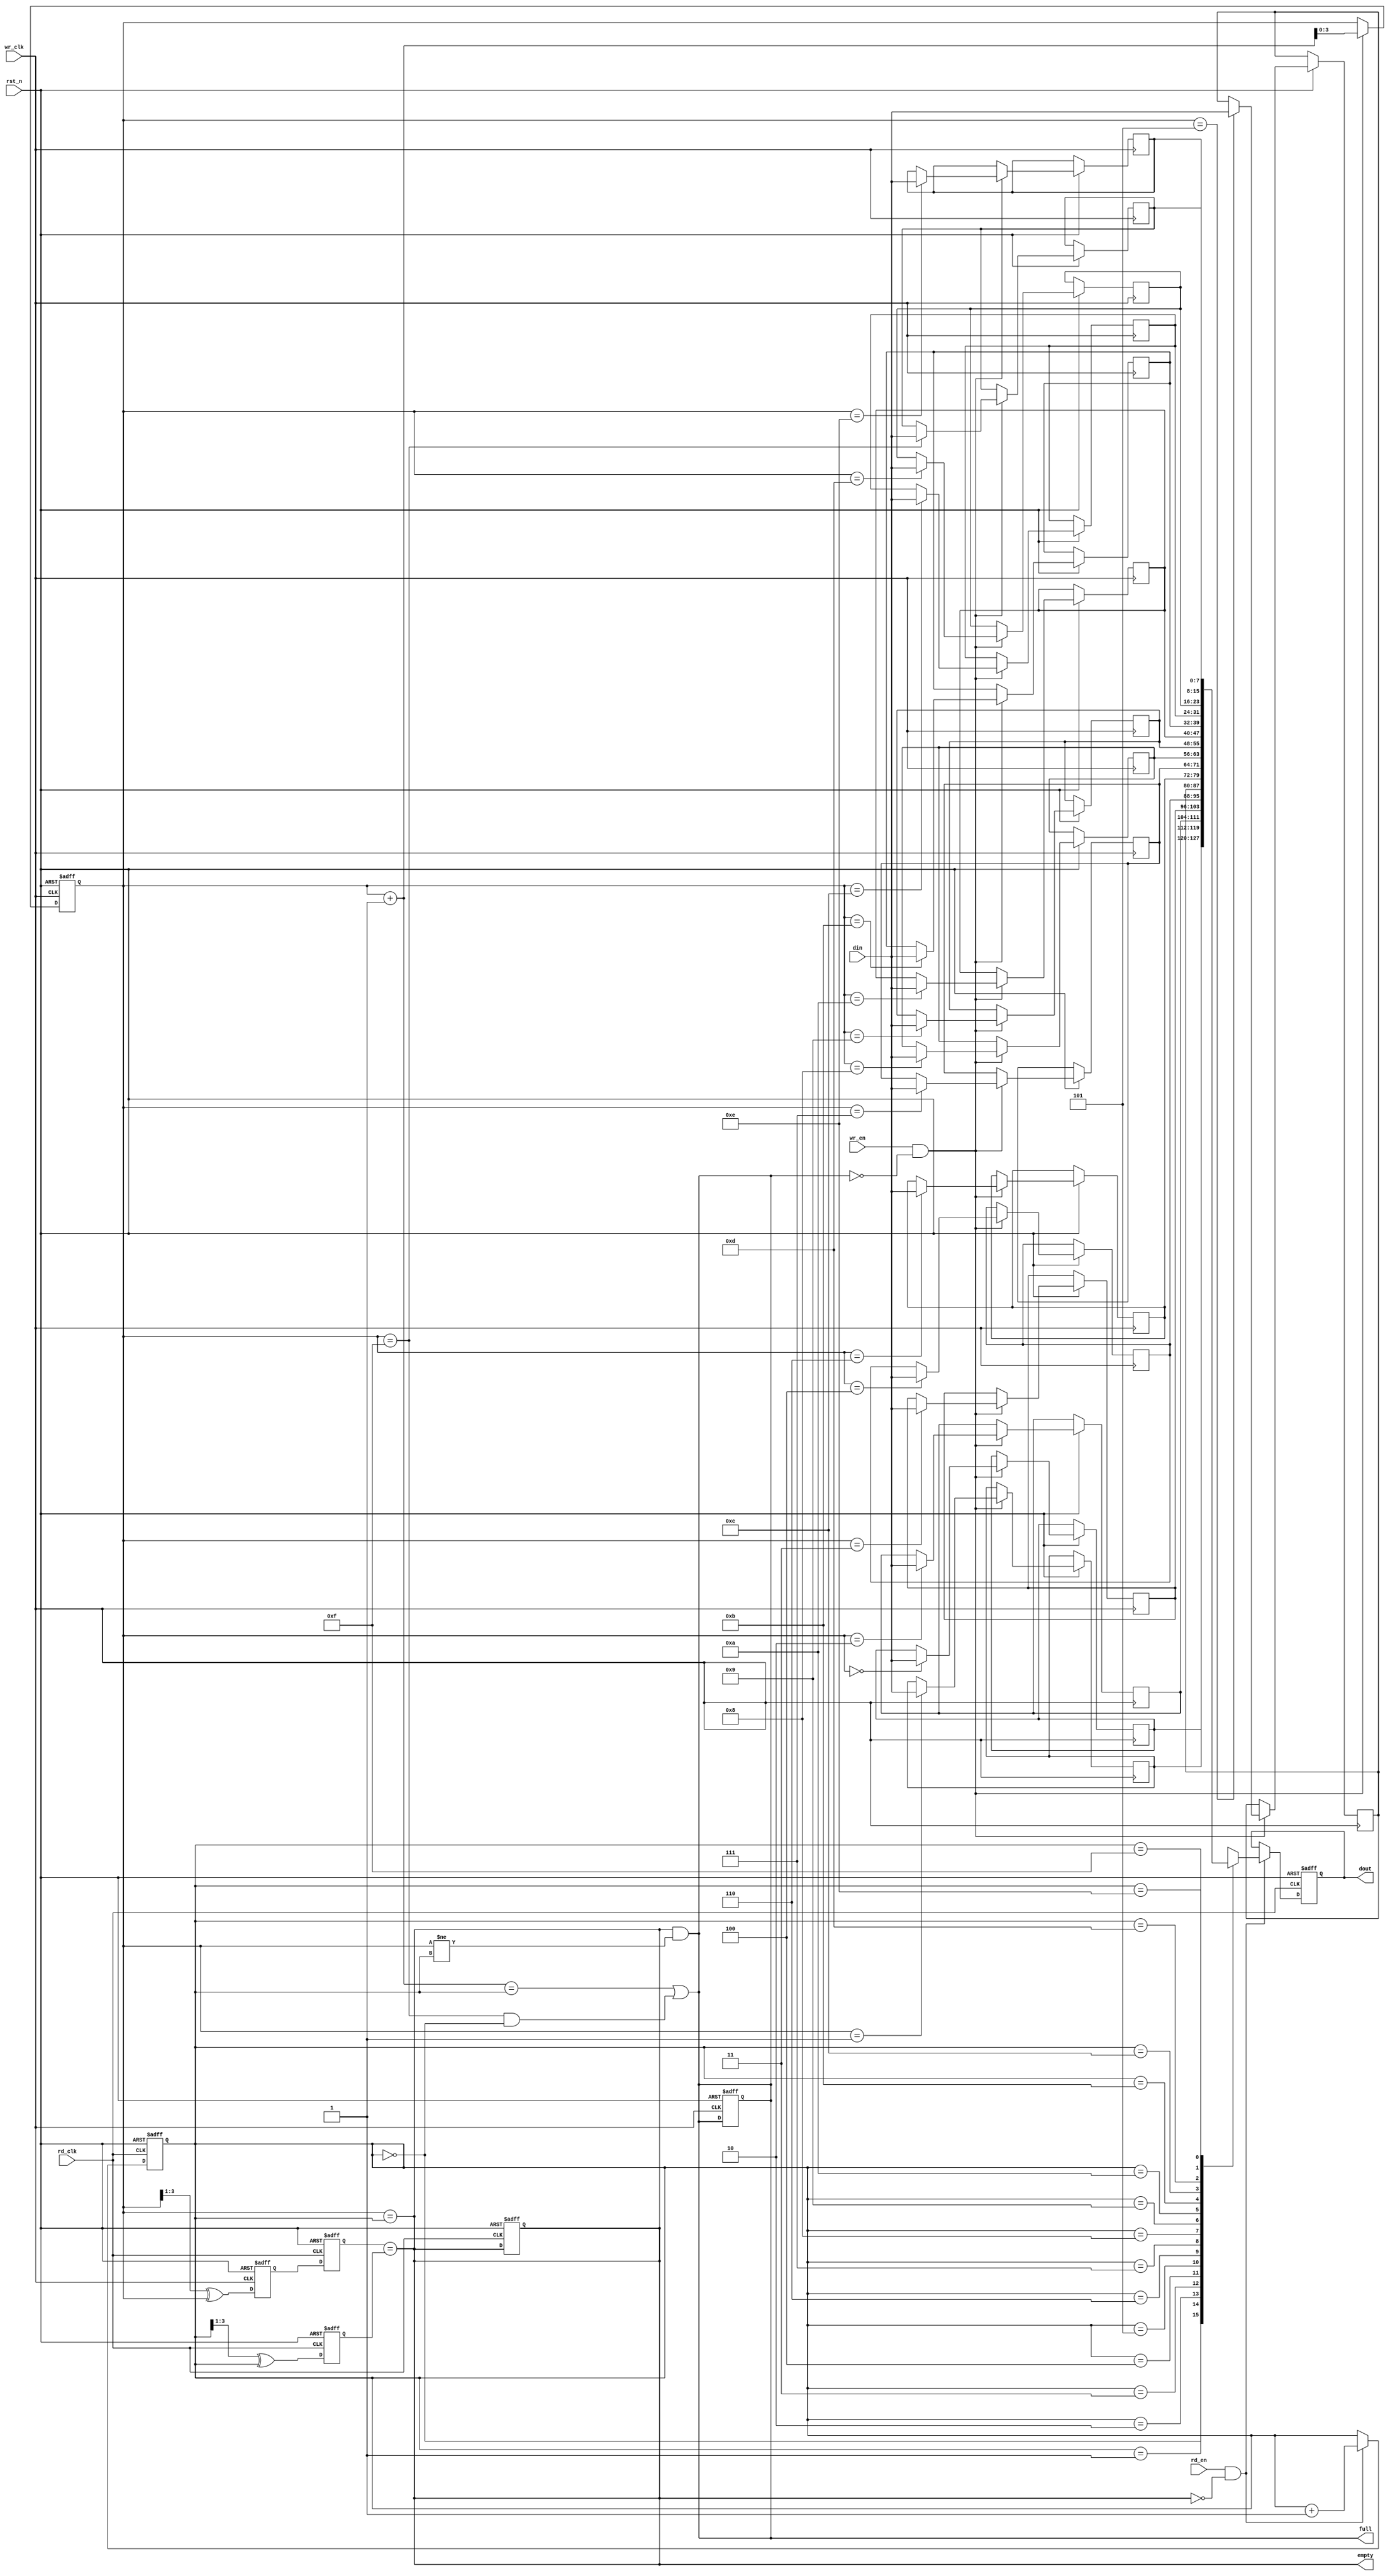
module async_fifo #(
    parameter DATA_WIDTH = 8,  // Width of the data
    parameter FIFO_DEPTH = 16   // Depth of the FIFO (must be a power of 2)
)(
    input wire wr_clk,           // Write clock
    input wire rd_clk,           // Read clock
    input wire rst_n,            // Active low reset
    input wire wr_en,            // Write enable
    input wire rd_en,            // Read enable
    input wire [DATA_WIDTH-1:0] din, // Data input
    output reg [DATA_WIDTH-1:0] dout, // Data output
    output reg full,             // FIFO full flag
    output reg empty             // FIFO empty flag
);

    // Memory array
    reg [DATA_WIDTH-1:0] fifo_mem [0:FIFO_DEPTH-1];

    // Pointers
    reg [3:0] wr_ptr;           // Write pointer
    reg [3:0] rd_ptr;           // Read pointer
    reg [3:0] wr_ptr_gray;      // Gray code write pointer
    reg [3:0] rd_ptr_gray;      // Gray code read pointer
    reg [3:0] wr_ptr_gray_sync; // Synchronized write pointer
    reg [3:0] rd_ptr_gray_sync; // Synchronized read pointer

    // Write operation
    always @(posedge wr_clk or negedge rst_n) begin
        if (!rst_n) begin
            wr_ptr <= 0;
            full <= 0;
        end else if (wr_en && !full) begin
            fifo_mem[wr_ptr] <= din;
            wr_ptr <= wr_ptr + 1;
        end
    end

    // Read operation
    always @(posedge rd_clk or negedge rst_n) begin
        if (!rst_n) begin
            rd_ptr <= 0;
            empty <= 1;
            dout <= 0;
        end else if (rd_en && !empty) begin
            dout <= fifo_mem[rd_ptr];
            rd_ptr <= rd_ptr + 1;
        end
    end

    // Full and empty flag logic
    always @(*) begin
        full = (wr_ptr + 1 == rd_ptr) || (wr_ptr == FIFO_DEPTH - 1 && rd_ptr == 0);
        empty = (wr_ptr == rd_ptr);
    end

    // Gray code conversion for write pointer
    always @(posedge wr_clk or negedge rst_n) begin
        if (!rst_n) begin
            wr_ptr_gray <= 0;
        end else begin
            wr_ptr_gray <= (wr_ptr >> 1) ^ wr_ptr;
        end
    end

    // Gray code conversion for read pointer
    always @(posedge rd_clk or negedge rst_n) begin
        if (!rst_n) begin
            rd_ptr_gray <= 0;
        end else begin
            rd_ptr_gray <= (rd_ptr >> 1) ^ rd_ptr;
        end
    end

    // Synchronize write pointer to read clock domain
    always @(posedge rd_clk or negedge rst_n) begin
        if (!rst_n) begin
            wr_ptr_gray_sync <= 0;
        end else begin
            wr_ptr_gray_sync <= wr_ptr_gray;
        end
    end

    // Synchronize read pointer to write clock domain
    always @(posedge wr_clk or negedge rst_n) begin
        if (!rst_n) begin
            rd_ptr_gray_sync <= 0;
        end else begin
            rd_ptr_gray_sync <= rd_ptr_gray;
        end
    end

    // Full and empty detection using synchronized pointers
    always @(*) begin
        full = (wr_ptr_gray_sync == rd_ptr_gray) && (wr_ptr != rd_ptr);
        empty = (wr_ptr_gray_sync == rd_ptr_gray);
    end

endmodule